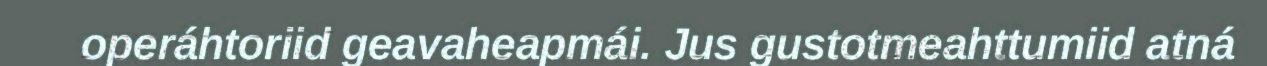
operáhtoriid geavaheapmái. Jus gustotmeahttumiid atná